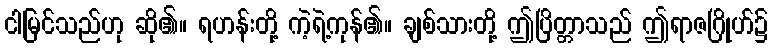
ငါမြင်သည်ဟု ဆို၏။ ရဟန်းတို့ ကဲ့ရဲ့ကုန်၏။ ချစ်သားတို့ ဤပြိတ္တာသည် ဤရာဇဂြိုဟ်၌